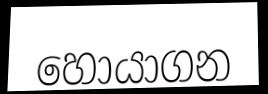
හොයාගන